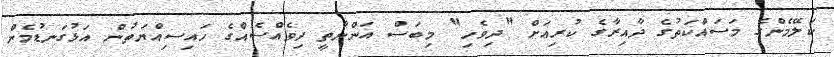
ކަލޭމެންގެ މަސައްކަތުގެ ދާއިރާގެ ކުރިއަށް "ދިވެހި" މިބަސް އަންނާތީ ދިވެއްސެއްގެ ހައިސިއްޔަތުން އަޅުގަނޑުމެން